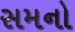
સમનો